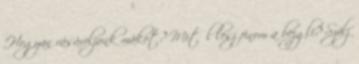
Hogyan vásároljunk mákot? Mitől lesz finom a bejgli? Szólj